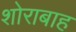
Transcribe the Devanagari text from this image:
शोराबाह